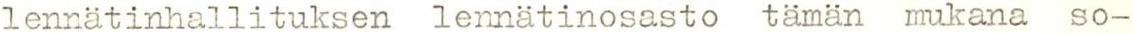
lennätinhallituksen lennätinosasto tämän mukana so-